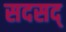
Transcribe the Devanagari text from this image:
सदसद्